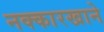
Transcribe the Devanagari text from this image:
नक्कारखाने